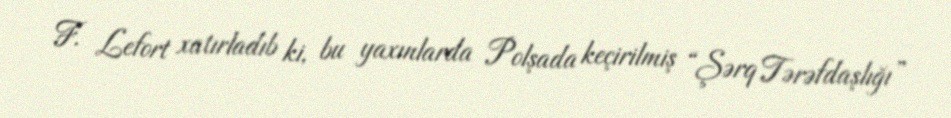
F. Lefort xatırladıb ki, bu yaxınlarda Polşada keçirilmiş “Şərq Tərəfdaşlığı”